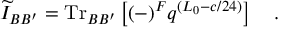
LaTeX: \widetilde { \cal I } _ { B B ^ { \prime } } = \mathrm { T r } _ { B B ^ { \prime } } \left[ ( - ) ^ { F } q ^ { ( L _ { 0 } - c / 2 4 ) } \right] \quad .